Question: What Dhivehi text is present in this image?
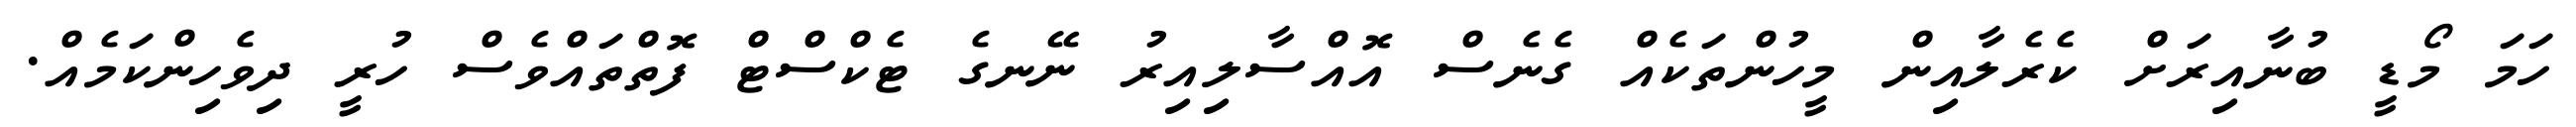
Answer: ހަމަ މޯޑީ ބުނާއިރަށް ކެރެލާއިން މީހުންތަކެއް ގެނެސް އޮއްސާލިއިރު ނޭނގެ ޓެކްސްޓް ފޮތްތައްވެސް ހުރީ ދިވެހިންކަމެއް.